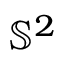
\mathbb { S } ^ { 2 }